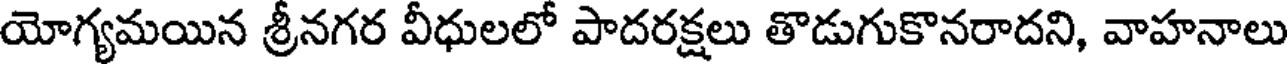
యోగ్యమయిన శ్రీనగర వీధులలో పాదరక్షలు తొడుగుకొనరాదని, వాహనాలు